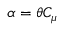
\alpha = \theta C _ { \mu }